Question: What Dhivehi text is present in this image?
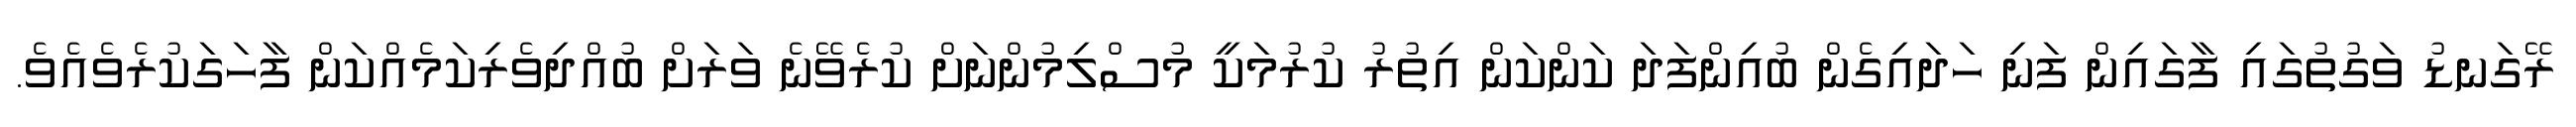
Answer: ރޭގަނޑު ވަގުތުގައި ފާގައިން ފަނި ހަދައިގެން ބުއިންފަދަ ކަންކަން އިތުރު ކުރުމަކީ މުސްލިމުންނަށް ކުރެވޭނެ ވަރަށް ބުއްދިވެރިކަމެއްކަން ފާހަގަކުރެވެއެވެ.